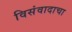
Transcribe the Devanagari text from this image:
विसंवादाचा